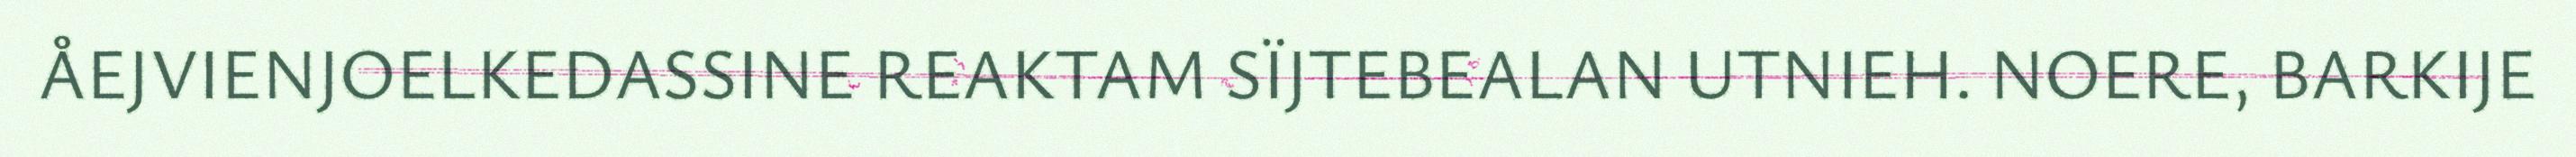
ÅEJVIENJOELKEDASSINE REAKTAM SÏJTEBEALAN UTNIEH. NOERE, BARKIJE